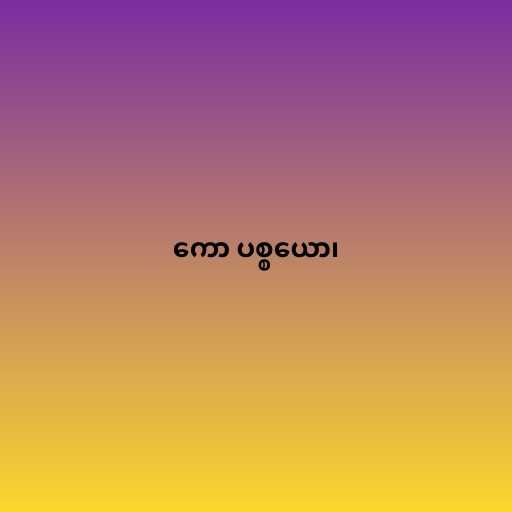
ကော ပစ္စယော၊